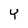
Character: Y